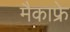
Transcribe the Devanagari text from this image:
मैकाफ्रे